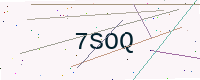
Text: 7SOQ